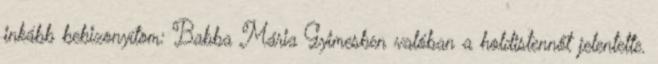
inkább bebizonyítom: Babba Mária Gyimesben valóban a holdistennőt jelentette.